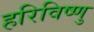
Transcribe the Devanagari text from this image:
हरिविष्णु